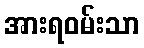
အားရဝမ်းသာ